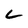
Character: L